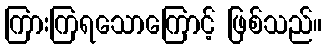
ကြားကြရသောကြောင့် ဖြစ်သည်။